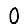
Digit: 0